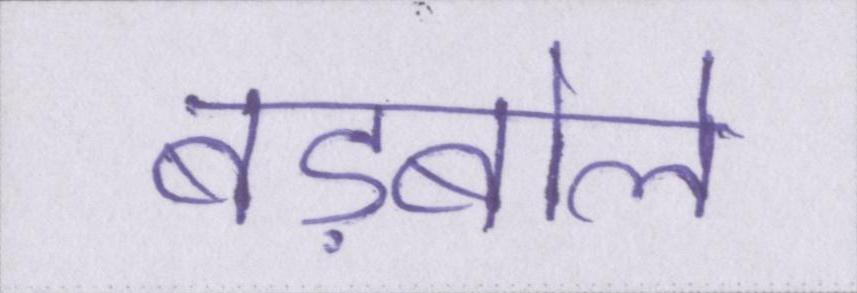
बड़बोले